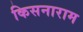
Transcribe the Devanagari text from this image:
किसनाराम